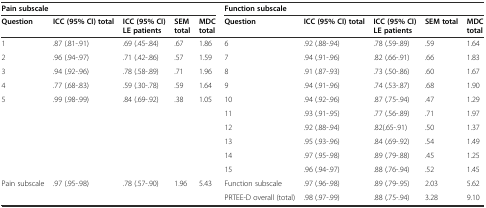
| <COLSPAN=5> Pain subscale | <COLSPAN=5> Function subscale |
 | Question | ICC (95% CI) total | ICC (95% CI) LE patients | SEM total | MDC total | Question | ICC (95% CI) total | ICC (95% CI) LE patients | SEM total | MDC total |
 | --- | --- | --- | --- | --- | --- | --- | --- | --- | --- |
 | 1 | .87 (.81-.91) | .69 (.45-.84) | .67 | 1.86 | 6 | .92 (.88-.94) | .78 (.59-.89) | .59 | 1.64 |
 | 2 | .96 (.94-.97) | .71 (.42-.86) | .57 | 1.59 | 7 | .94 (.91-.96) | .82 (.66-.91) | .66 | 1.83 |
 | 3 | .94 (.92-.96) | .78 (.58-.89) | .71 | 1.96 | 8 | .91 (.87-.93) | .73 (.50-.86) | .60 | 1.67 |
 | 4 | .77 (.68-.83) | .59 (.30-.78) | .59 | 1.64 | 9 | .94 (.91-.96) | .74 (.53-.87) | .68 | 1.90 |
 | 5 | .99 (.98-.99) | .84 (.69-.92) | .38 | 1.05 | 10 | .94 (.92-.96) | .87 (.75-.94) | .47 | 1.29 |
 |  |  |  |  |  | 11 | .93 (.91-.95) | .77 (.56-.89) | .71 | 1.97 |
 |  |  |  |  |  | 12 | .92 (.88-.94) | .82(.65-.91) | .50 | 1.37 |
 |  |  |  |  |  | 13 | .95 (.93-.96) | .84 (.69-.92) | .54 | 1.49 |
 |  |  |  |  |  | 14 | .97 (.95-.98) | .89 (.79-.88) | .45 | 1.25 |
 |  |  |  |  |  | 15 | .96 (.94-.97) | .88 (.76-.94) | .52 | 1.45 |
 | Pain subscale | .97 (.95-.98) | .78 (.57-.90) | 1.96 | 5.43 | Function subscale | .97 (.96-.98) | .89 (.79-.95) | 2.03 | 5.62 |
 |  |  |  |  |  | PRTEE-D overall (total) | .98 (.97-.99) | .88 (.75-.94) | 3.28 | 9.10 |